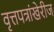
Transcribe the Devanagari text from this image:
वृत्तपत्रांखेरीज